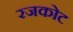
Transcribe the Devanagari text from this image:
रजकोट